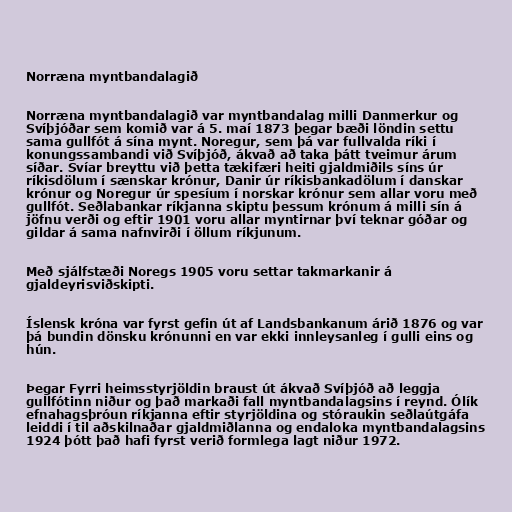
Norræna myntbandalagið

Norræna myntbandalagið var myntbandalag milli Danmerkur og
Svíþjóðar sem komið var á 5. maí 1873 þegar bæði löndin settu
sama gullfót á sína mynt. Noregur, sem þá var fullvalda ríki í
konungssambandi við Svíþjóð, ákvað að taka þátt tveimur árum
síðar. Svíar breyttu við þetta tækifæri heiti gjaldmiðils síns úr
ríkisdölum í sænskar krónur, Danir úr ríkisbankadölum í danskar
krónur og Noregur úr spesíum í norskar krónur sem allar voru með
gullfót. Seðlabankar ríkjanna skiptu þessum krónum á milli sín á
jöfnu verði og eftir 1901 voru allar myntirnar því teknar góðar og
gildar á sama nafnvirði í öllum ríkjunum.

Með sjálfstæði Noregs 1905 voru settar takmarkanir á
gjaldeyrisviðskipti.

Íslensk króna var fyrst gefin út af Landsbankanum árið 1876 og var
þá bundin dönsku krónunni en var ekki innleysanleg í gulli eins og
hún.

Þegar Fyrri heimsstyrjöldin braust út ákvað Svíþjóð að leggja
gullfótinn niður og það markaði fall myntbandalagsins í reynd. Ólík
efnahagsþróun ríkjanna eftir styrjöldina og stóraukin seðlaútgáfa
leiddi í til aðskilnaðar gjaldmiðlanna og endaloka myntbandalagsins
1924 þótt það hafi fyrst verið formlega lagt niður 1972.